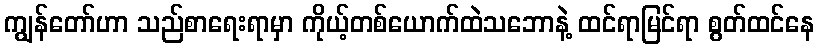
ကျွန်တော်ဟာ သည်စာရေးရာမှာ ကိုယ့်တစ်ယောက်ထဲသဘောနဲ့ ထင်ရာမြင်ရာ စွတ်ထင်နေ